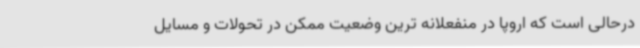
درحالی است که اروپا در منفعلانه ترین وضعیت ممکن در تحولات و مسایل